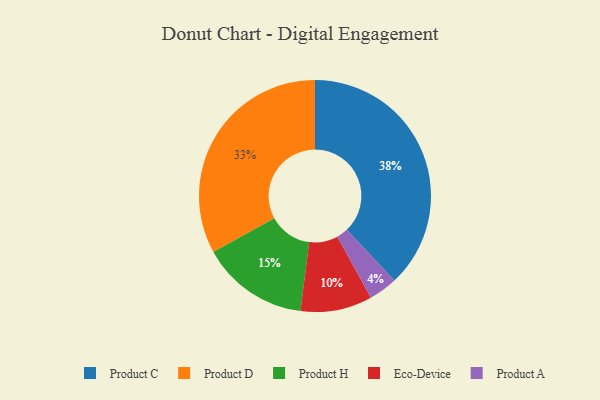
{"axis": {"x": "Category", "y": "Percentage"}, "legend": ["Eco-Device", "Product A", "Product C", "Product D", "Product H"], "data": [{"x": "Eco-Device", "y": 10, "type": "Eco-Device"}, {"x": "Product C", "y": 38, "type": "Product C"}, {"x": "Product H", "y": 15, "type": "Product H"}, {"x": "Product D", "y": 33, "type": "Product D"}, {"x": "Product A", "y": 4, "type": "Product A"}]}